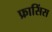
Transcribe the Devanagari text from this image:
फ्रासिंस